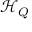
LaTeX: { \mathcal { H } } _ { Q }